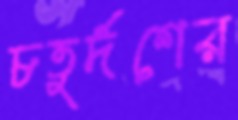
চতুর্দশের